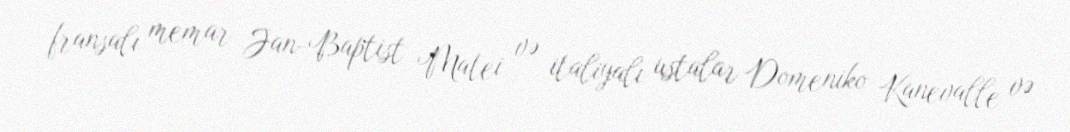
fransalı memar Jan-Baptist Matei və italiyalı ustalar Domeniko Kanevalle və